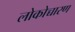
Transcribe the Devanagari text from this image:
लोकोच्चारण